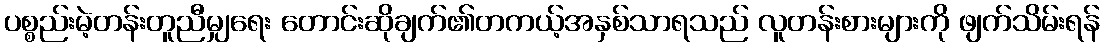
ပစ္စည်းမဲ့တန်းတူညီမျှရေး တောင်းဆိုချက်၏တကယ့်အနှစ်သာရသည် လူတန်းစားများကို ဖျက်သိမ်းရန်